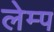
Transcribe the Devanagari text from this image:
लेम्प